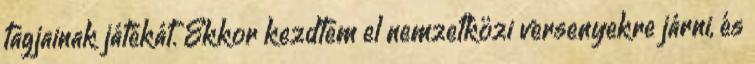
tagjainak játékát. Ekkor kezdtem el nemzetközi versenyekre járni, és